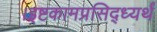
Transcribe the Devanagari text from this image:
।इष्टकामप्रसिद्ध्यर्थं